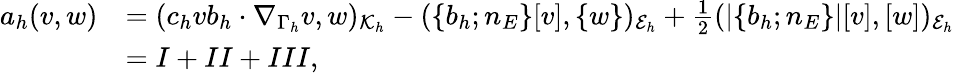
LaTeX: \begin{array}{rl}{a_{h}(v,w)}&{=(c_{h}vb_{h}\cdot\nabla_{\Gamma_{h}}v,w)_{\mathcal{K}_{h}}-(\{ b_{h};n_{E}\} [v],\{ w\} )_{\mathcal{E}_{h}}+\frac{1}{2}(|\{ b_{h};n_{E}\} |[v],[w])_{\mathcal{E}_{h}}}\\ &{=I+II+III,}\end{array}